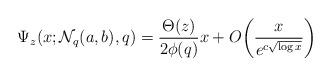
LaTeX: \begin{align*}\Psi_z(x;\mathcal{N}_q(a,b),q)&=\frac{\Theta (z)}{2\phi(q)}x+O\bigg(\frac{x}{e^{c\sqrt{\log x}}}\bigg)\end{align*}